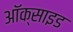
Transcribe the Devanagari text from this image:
अॉक्साइड